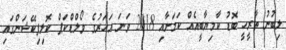
ލިބުނު ތާރީހީ ބޮޑު ކާމިޔާބީއެއް ކަމަށާއި 2018 ވަނަ އަހަރުގެ ވޯލްޑްކަޕް ކޮލިފިކޭޝަންގައި